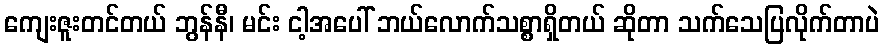
ကျေးဇူးတင်တယ် ဘွန်နီ၊ မင်း ငါ့အပေါ် ဘယ်လောက်သစ္စာရှိတယ် ဆိုတာ သက်သေပြလိုက်တာပဲ